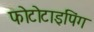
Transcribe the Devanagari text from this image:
फोटोटाइपिंग